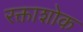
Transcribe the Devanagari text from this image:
रक्ताशोक